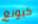
كيونغ